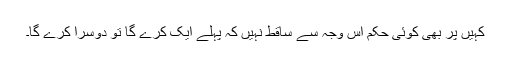
کہیں پر بھی کوئی حکم اس وجہ سے ساقط نہیں کہ پہلے ایک کرے گا تو دوسرا کرے گا۔